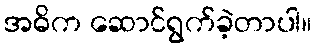
အဓိက ဆောင်ရွက်ခဲ့တာပါ။